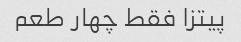
پیتزا فقط چهار طعم‌